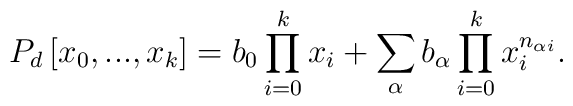
P_{d}\left[ x_{0},...,x_{k}\right] =b_{0}\prod_{i=0}^{k}x_{i}+\sum_{\alpha}b_{\alpha }\prod_{i=0}^{k}x_{i}^{n_{\alpha i}}.